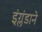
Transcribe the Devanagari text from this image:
इंग्लंडाने